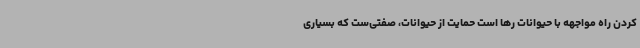
کردن راه مواجهه با حیوانات رها است حمایت از حیوانات، صفتی‌ست که بسیاری